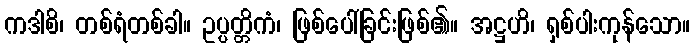
ကဒါစိ၊ တစ်ရံတစ်ခါ။ ဥပ္ပတ္တိကံ၊ ဖြစ်ပေါ်ခြင်းဖြစ်၏။ အဋ္ဌဟိ၊ ရှစ်ပါးကုန်သော။